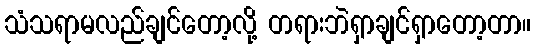
သံသရာမလည်ချင်တော့လို့ တရားဘဲရှာချင်ရှာတော့တာ။